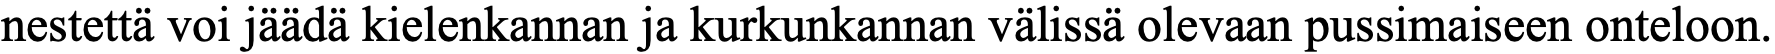
nestettä voi jäädä kielenkannan ja kurkunkannan välissä olevaan pussimaiseen onteloon.